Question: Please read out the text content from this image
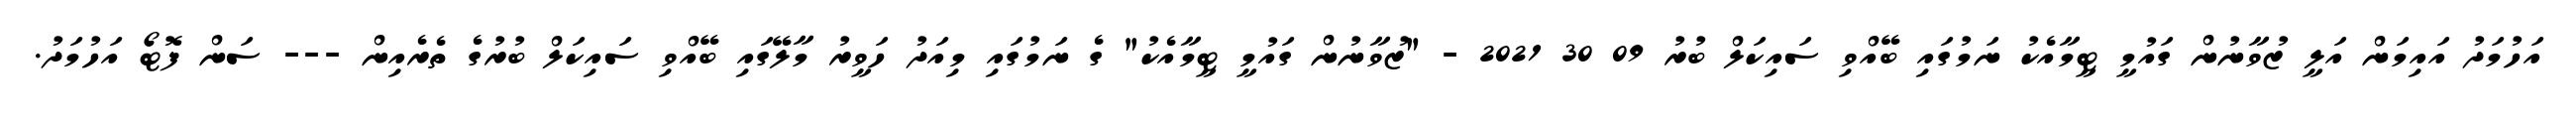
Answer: އަހުމަދު އައިމަން އަލީ ޒުވާނުން ގައުމީ ޓީމާއެކު ނަމުގައި ބޭއްވި ސައިކަލް ބުރު 09 30 2021 - "ޒުވާނުން ގައުމީ ޓީމާއެކު" ގެ ނަމުގައި މިއަދު ހަވީރު މާލޭގައި ބޭއްވި ސައިކަލް ބުރުގެ ތެރެއިން --- ސަން ފޮޓޯ އަހުމަދު.